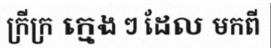
ក្រីក្រ ក្មេង ៗ ដែល មកពី